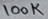
Text: 100K